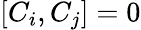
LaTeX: [C_{i},C_{j}]=0